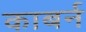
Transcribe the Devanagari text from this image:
काबर्न